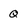
Character: Q